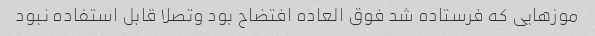
موزهایی که فرستاده شد فوق العاده افتضاح بود و‌تصلا قابل استفاده نبود